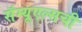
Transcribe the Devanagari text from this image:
सॅम्यूएल्सची